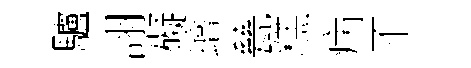
驢詡礙璮甆糕病不